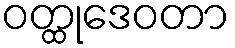
ဝတ္ထုဒေဝတာ